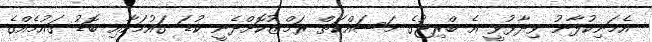
އެމަނިކުފާނު ވިދާޅުވީ އެ ބްރިޖުގެ މަސައްކަތް ރަމްޒުކޮށްދެނީ ކުޑަ ގައުމަކާއި ބޮޑު ގައުމެއްގެ